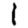
Digit: 1